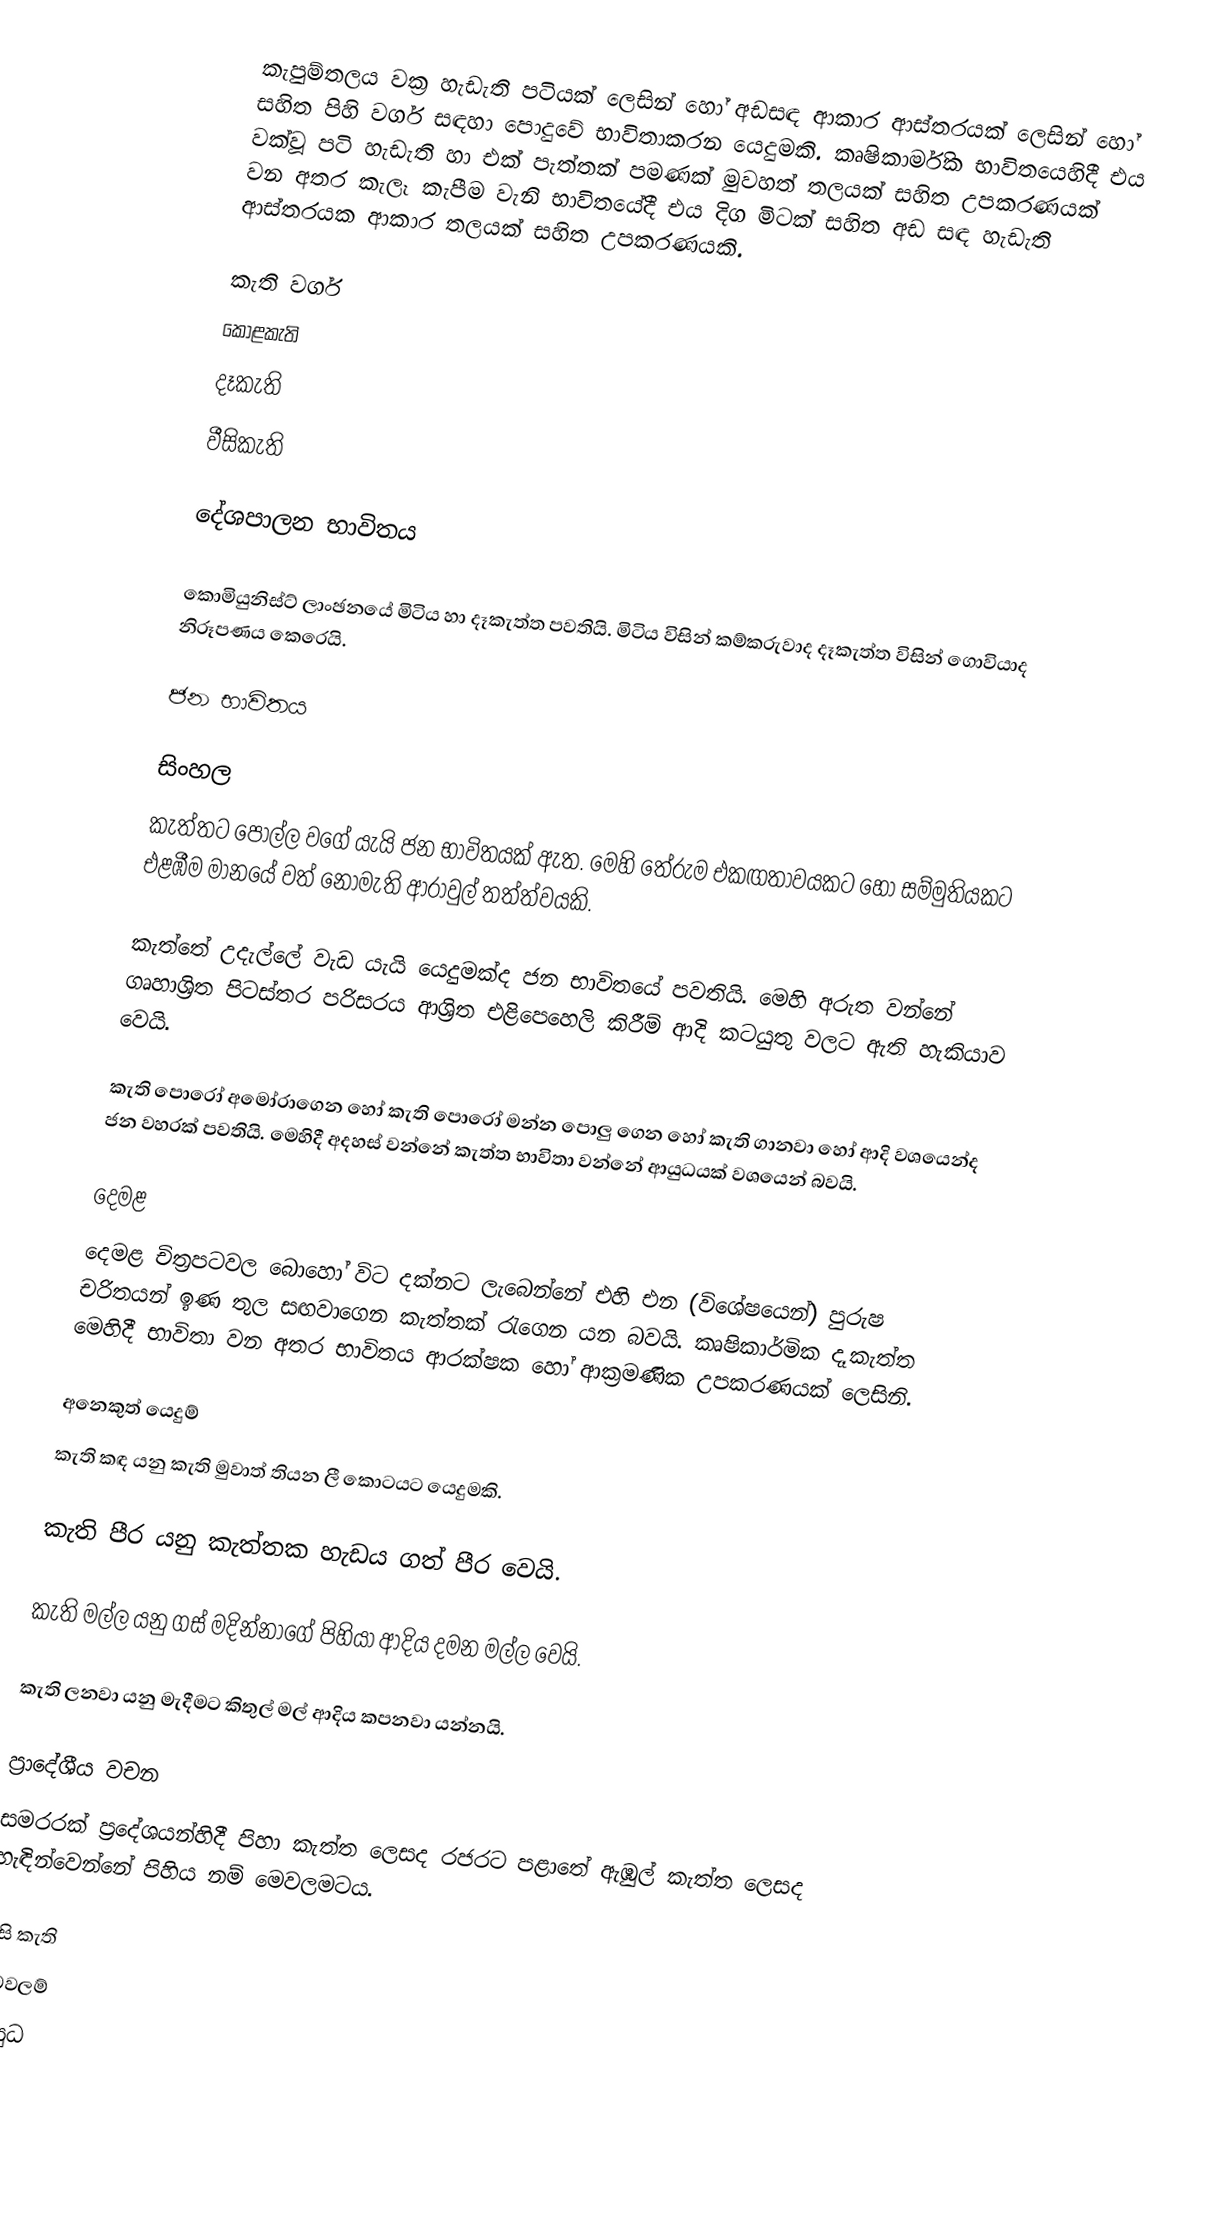
කැපුම්තලය වක්‍ර හැ‍ඩැති පටියක් ලෙසින් හෝ අඩසඳ ආකාර ආස්තරයක් ලෙසින් හෝ සහිත පිහි වර්ග සඳහා පොදුවේ භාවිතාකරන යෙදුමකි. කෘෂිකාර්මික භාවිතයෙහිදී එය වක්වූ පටි හැඩැති හා එක්  පැත්තක් පමණක් මුවහත් තලයක් සහිත උපකරණයක් වන අතර කැලෑ කැපීම වැනි භාවිතයේදී එය දිග මිටක් සහිත අඩ සඳ හැඩැති ආස්තරයක ආකාර තලයක් සහිත උපකරණයකි.

කැති වර්ග
 කොළකැති
 දෑකැති
 වීසිකැති

දේශපාලන භාවිතය

කොමියුනිස්ට් ලාංඡනයේ මිටිය හා දෑකැත්ත පවතියි. මිටිය විසින් කම්කරුවාද දෑකැත්ත විසින් ගොවියාද නිරූපණය කෙරෙයි.

ජන භාවිතය

සිංහල
කැත්තට පොල්ල වගේ යැයි ජන භාවිතයක් ඇත. මෙහි තේරුම එකඟතාවයකට හෝ සම්මුතියකට එළඹීම මානයේ වත් නොමැති ආරාවුල් තත්ත්වයකි.

කැත්තේ උදැල්ලේ වැඩ යැයි යෙදුමක්ද ජන භාවිතයේ පවතියි. මෙහි අරුත වන්නේ ගෘහාශ්‍රිත පිටස්තර පරිසරය ආශ්‍රිත එළිපෙහෙලි කිරීම් ආදි කටයුතු වලට ඇති හැකියාව වෙයි.

කැති පොරෝ අමෝරාගෙන හෝ කැති පොරෝ  මන්න පොලු ගෙන හෝ කැති ගානවා හෝ ආදි වශයෙන්ද ජන වහරක් පවතියි. මෙහිදී අදහස් වන්නේ කැත්ත භාවිතා වන්නේ ආයුධයක් වශයෙන් බවයි.

දෙමළ
දෙමළ චිත්‍රපටවල බොහෝ විට දක්නට ලැබෙන්නේ එහි එන (විශේෂයෙන්) පුරුෂ චරිතයන් ඉණ තුල සඟවාගෙන කැත්තක් රැගෙන යන බවයි. කෘෂිකාර්මික දෑකැත්ත මෙහිදී භාවිතා වන අතර භාවිතය ආරක්ෂක හෝ ආක්‍රමණික උපකරණයක් ලෙසිනි.

අනෙකුත්  යෙදුම්
කැති කඳ යනු කැති මුවාත් තියන ලී කොටයට යෙදුමකි.

කැති පීර යනු කැත්තක හැඩය ගත් පීර වෙයි.

කැති මල්ල යනු ගස් මදින්නාගේ පිහියා ආදිය දමන මල්ල වෙයි.

කැති ලනවා යනු මැදීමට කිතුල් මල් ආදිය කපනවා යන්නයි.

ප්‍රාදේශීය වචන
සමරරක් ප්‍රදේශයන්හිදී පිහා කැත්ත ලෙසද රජරට පළාතේ ඇඹුල් කැත්ත ලෙසද හැඳින්වෙන්නේ පිහිය නම් මෙවලමටය.

විසි කැති
මෙවලම්
ආයුධ